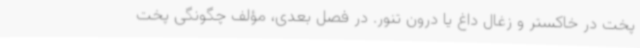
پخت در خاکستر و زغال داغ یا درون تنور. در فصل بعدی، مؤلف چگونگی پخت